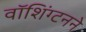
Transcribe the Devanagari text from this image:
वॉशिंग्टनने